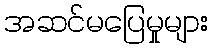
အဆင်မပြေမှုများ